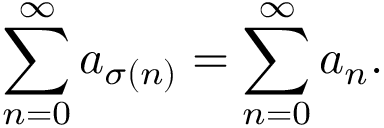
\sum _ { n = 0 } ^ { \infty } a _ { \sigma ( n ) } = \sum _ { n = 0 } ^ { \infty } a _ { n } .